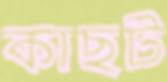
কাছট